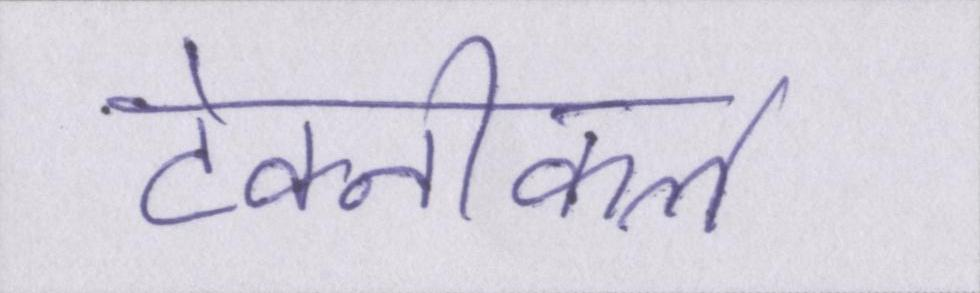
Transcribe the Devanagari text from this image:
टेक्नीकल